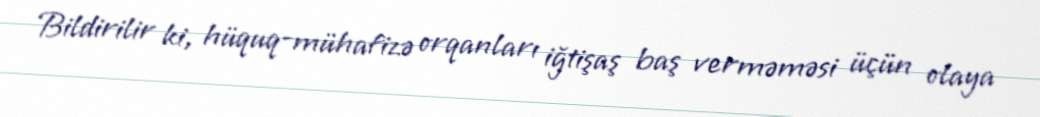
Bildirilir ki, hüquq-mühafizə orqanları iğtişaş baş verməməsi üçün olaya